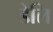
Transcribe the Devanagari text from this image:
डेलि